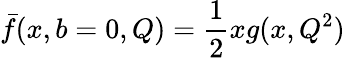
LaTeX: \bar{f}(x,b=0,Q)={\frac{1}{2}}xg(x,Q^{2})